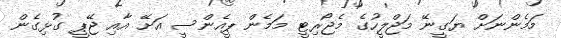
މަމެންނަށް ޔަގީނޭ މަޖްލީހުގެ މެޖޯރިޓީ މަމެން ޕީއެންސީ އަށޭ އާއި ޖޭޕީ ގުޅިގެން